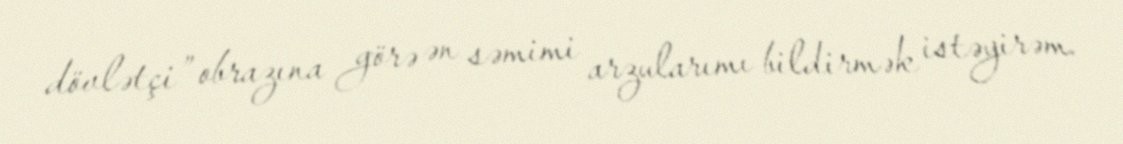
dövlətçi” obrazına görə ən səmimi arzularımı bildirmək istəyirəm.